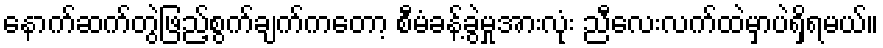
နောက်ဆက်တွဲဖြည့်စွက်ချက်ကတော့ စီမံခန့်ခွဲမှုအားလုံး ညီလေးလက်ထဲမှာပဲရှိရမယ်။